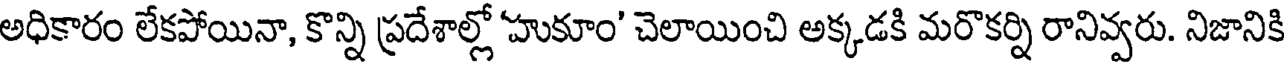
అధికారం లేకపోయినా, కొన్ని ప్రదేశాల్లో 'హుకూం' చెలాయించి అక్కడకి మరొకర్ని రానివ్వరు. నిజానికి